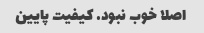
اصلا خوب نبود. کیفیت پایین